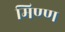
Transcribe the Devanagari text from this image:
मिण्ण